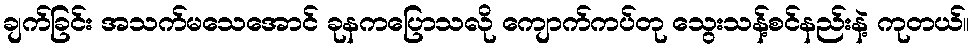
ချက်ခြင်း အသက်မသေအောင် ခုနကပြောသလို ကျောက်ကပ်တု သွေးသန့်စင်နည်းနဲ့ ကုတယ်။